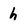
Character: h